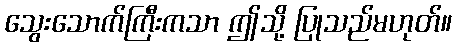
သွေးသောက်ကြီးကသာ ဤသို့ ပြုသည်မဟုတ်။